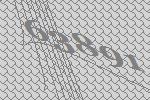
63891